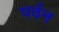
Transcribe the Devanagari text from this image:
पर्वन